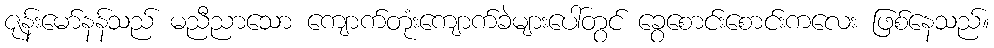
ဇုန်းမော်နန်သည် မညီညာသော ကျောက်တုံးကျောက်ခဲများပေါ်တွင် ခွေစောင်းစောင်းကလေး ဖြစ်နေသည်။